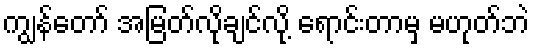
ကျွန်တော် အမြတ်လိုချင်လို့ ရောင်းတာမှ မဟုတ်ဘဲ